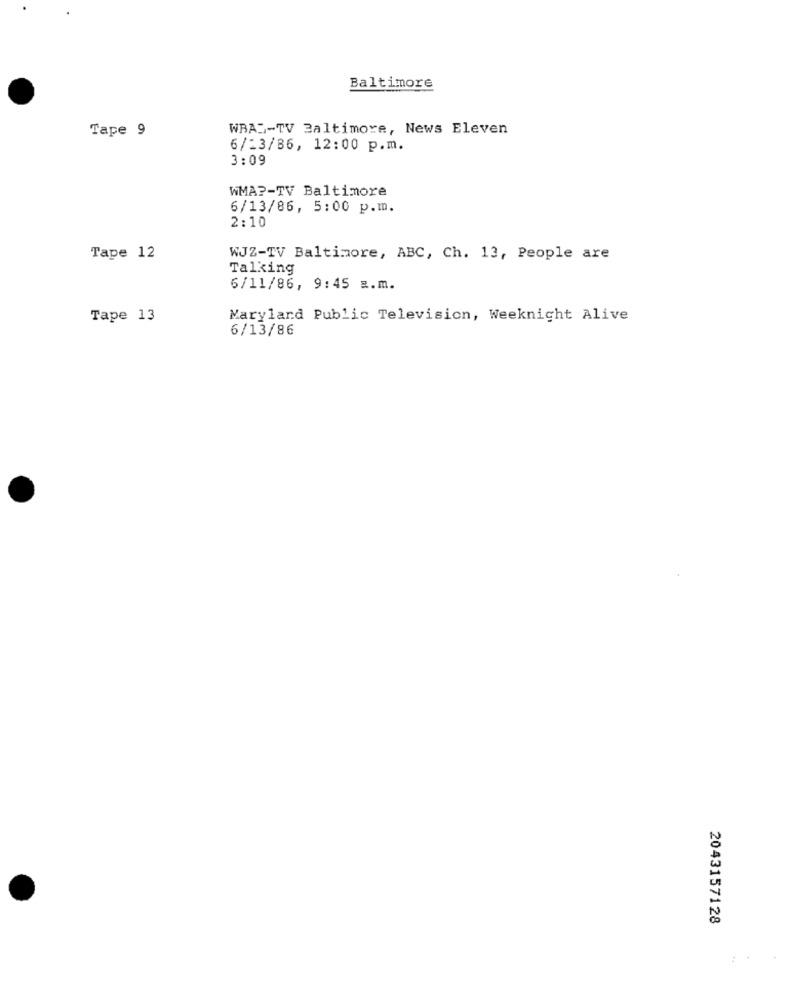
Baltimore
Tape 9
WRAS-TV Baltimore, News Eleven
6/13/86, 12:00 p.m.
3:09
WMA ?- TV Baltimore
6/13/86, 5:00 p.m.
2:10
Tape 12
WJZ-TV Baltimore, ABC, Ch. 13, People are
Talking
6/11/86, 9:45 a.m.
Tape 13
Maryland Public Television, Weeknight Alive
6/13/86
2043157128